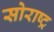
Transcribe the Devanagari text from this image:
सोराष्ट्र